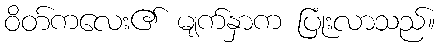
ဝိတ်ကလေး၏ မျက်နှာက ပြုံးလာသည်။